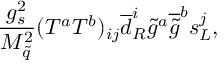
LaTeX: { \frac { g _ { s } ^ { 2 } } { M _ { \tilde { q } } ^ { 2 } } } ( T ^ { a } T ^ { b } ) _ { i j } { \overline { { d } } } _ { R } ^ { i } { \tilde { g } } ^ { a } { \overline { { { \tilde { g } } } } } ^ { b } s _ { L } ^ { j } ,